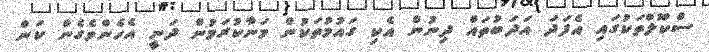
ސްކޫލްތަކުގައި އެފަދަ އަދަބުތައް ދިނުން އެކި ގައުމުތަކުން މަނާކުރަމުން ދަނީ އެހެންވެގެން ކަން